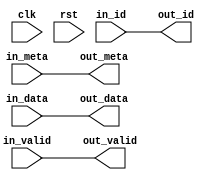
// 
// Copyright (c) 2011, Daniel Strother < http://danstrother.com/ >
// All rights reserved.
// 
// Redistribution and use in source and binary forms, with or without
// modification, are permitted provided that the following conditions are met:
//   - Redistributions of source code must retain the above copyright notice,
//     this list of conditions and the following disclaimer.
//   - Redistributions in binary form must reproduce the above copyright
//     notice, this list of conditions and the following disclaimer in the
//     documentation and/or other materials provided with the distribution.
//   - The name of the author may not be used to endorse or promote products
//     derived from this software without specific prior written permission.
// 
// THIS SOFTWARE IS PROVIDED BY THE AUTHOR "AS IS" AND ANY EXPRESS OR IMPLIED
// WARRANTIES, INCLUDING, BUT NOT LIMITED TO, THE IMPLIED WARRANTIES OF
// MERCHANTABILITY AND FITNESS FOR A PARTICULAR PURPOSE ARE DISCLAIMED. IN NO
// EVENT SHALL THE AUTHOR BE LIABLE FOR ANY DIRECT, INDIRECT, INCIDENTAL,
// SPECIAL, EXEMPLARY, OR CONSEQUENTIAL DAMAGES (INCLUDING, BUT NOT LIMITED
// TO, PROCUREMENT OF SUBSTITUTE GOODS OR SERVICES; LOSS OF USE, DATA, OR
// PROFITS; OR BUSINESS INTERRUPTION) HOWEVER CAUSED AND ON ANY THEORY OF
// LIABILITY, WHETHER IN CONTRACT, STRICT LIABILITY, OR TORT (INCLUDING
// NEGLIGENCE OR OTHERWISE) ARISING IN ANY WAY OUT OF THE USE OF THIS
// SOFTWARE, EVEN IF ADVISED OF THE POSSIBILITY OF SUCH DAMAGE.
//

// auto-generated by dlsc_sortnet_generate.pl
// maximum inputs: 16

module dlsc_sortnet #(
    parameter INPUTS    = 1,        // 1 to 16
    parameter META      = 1,        // width of bypassed metadata
    parameter DATA      = 16,       // width of data for each element
    parameter ID        = 1,        // width of IDs for each element
    parameter PIPELINE  = 0,
    // derived; don't touch
    parameter ID_I      = (INPUTS*ID),
    parameter DATA_I    = (INPUTS*DATA)
) (
    input   wire                    clk,
    input   wire                    rst,

    input   wire                    in_valid,       // qualifier
    input   wire    [META-1:0]      in_meta,        // metadata to be delay-matched to sorting operation
    input   wire    [DATA_I-1:0]    in_data,        // unsorted data
    input   wire    [ID_I-1:0]      in_id,          // identifiers for unsorted data

    output  wire                    out_valid,      // delayed qualifier
    output  wire    [META-1:0]      out_meta,       // delayed in_meta
    output  wire    [DATA_I-1:0]    out_data,       // sorted data
    output  wire    [ID_I-1:0]      out_id          // identifiers for sorted data
);

`ifdef SIMULATION
initial begin
    if(INPUTS > 16) begin
        $display("[%m] *** ERROR *** INPUTS (%0d) exceeds generated maximum (16)",INPUTS);
    end
end
`endif

generate
    if(INPUTS == 1) begin:GEN_1
        assign out_valid    = in_valid;
        assign out_meta     = in_meta;
        assign out_data     = in_data;
        assign out_id       = in_id;
    end
    else if(INPUTS == 2) begin:GEN_2
        dlsc_sortnet_2 #(
            .META       ( META ),
            .DATA       ( DATA ),
            .ID         ( ID ),
            .PIPELINE   ( PIPELINE )
        ) dlsc_sortnet_2_inst (
            .clk        ( clk ),
            .rst        ( rst ),
            .in_valid   ( in_valid ),
            .in_meta    ( in_meta ),
            .in_data    ( in_data ),
            .in_id      ( in_id ),
            .out_valid  ( out_valid ),
            .out_meta   ( out_meta ),
            .out_data   ( out_data ),
            .out_id     ( out_id )
        );
    end
    else if(INPUTS == 3) begin:GEN_3
        dlsc_sortnet_3 #(
            .META       ( META ),
            .DATA       ( DATA ),
            .ID         ( ID ),
            .PIPELINE   ( PIPELINE )
        ) dlsc_sortnet_3_inst (
            .clk        ( clk ),
            .rst        ( rst ),
            .in_valid   ( in_valid ),
            .in_meta    ( in_meta ),
            .in_data    ( in_data ),
            .in_id      ( in_id ),
            .out_valid  ( out_valid ),
            .out_meta   ( out_meta ),
            .out_data   ( out_data ),
            .out_id     ( out_id )
        );
    end
    else if(INPUTS == 4) begin:GEN_4
        dlsc_sortnet_4 #(
            .META       ( META ),
            .DATA       ( DATA ),
            .ID         ( ID ),
            .PIPELINE   ( PIPELINE )
        ) dlsc_sortnet_4_inst (
            .clk        ( clk ),
            .rst        ( rst ),
            .in_valid   ( in_valid ),
            .in_meta    ( in_meta ),
            .in_data    ( in_data ),
            .in_id      ( in_id ),
            .out_valid  ( out_valid ),
            .out_meta   ( out_meta ),
            .out_data   ( out_data ),
            .out_id     ( out_id )
        );
    end
    else if(INPUTS == 5) begin:GEN_5
        dlsc_sortnet_5 #(
            .META       ( META ),
            .DATA       ( DATA ),
            .ID         ( ID ),
            .PIPELINE   ( PIPELINE )
        ) dlsc_sortnet_5_inst (
            .clk        ( clk ),
            .rst        ( rst ),
            .in_valid   ( in_valid ),
            .in_meta    ( in_meta ),
            .in_data    ( in_data ),
            .in_id      ( in_id ),
            .out_valid  ( out_valid ),
            .out_meta   ( out_meta ),
            .out_data   ( out_data ),
            .out_id     ( out_id )
        );
    end
    else if(INPUTS == 6) begin:GEN_6
        dlsc_sortnet_6 #(
            .META       ( META ),
            .DATA       ( DATA ),
            .ID         ( ID ),
            .PIPELINE   ( PIPELINE )
        ) dlsc_sortnet_6_inst (
            .clk        ( clk ),
            .rst        ( rst ),
            .in_valid   ( in_valid ),
            .in_meta    ( in_meta ),
            .in_data    ( in_data ),
            .in_id      ( in_id ),
            .out_valid  ( out_valid ),
            .out_meta   ( out_meta ),
            .out_data   ( out_data ),
            .out_id     ( out_id )
        );
    end
    else if(INPUTS == 7) begin:GEN_7
        dlsc_sortnet_7 #(
            .META       ( META ),
            .DATA       ( DATA ),
            .ID         ( ID ),
            .PIPELINE   ( PIPELINE )
        ) dlsc_sortnet_7_inst (
            .clk        ( clk ),
            .rst        ( rst ),
            .in_valid   ( in_valid ),
            .in_meta    ( in_meta ),
            .in_data    ( in_data ),
            .in_id      ( in_id ),
            .out_valid  ( out_valid ),
            .out_meta   ( out_meta ),
            .out_data   ( out_data ),
            .out_id     ( out_id )
        );
    end
    else if(INPUTS == 8) begin:GEN_8
        dlsc_sortnet_8 #(
            .META       ( META ),
            .DATA       ( DATA ),
            .ID         ( ID ),
            .PIPELINE   ( PIPELINE )
        ) dlsc_sortnet_8_inst (
            .clk        ( clk ),
            .rst        ( rst ),
            .in_valid   ( in_valid ),
            .in_meta    ( in_meta ),
            .in_data    ( in_data ),
            .in_id      ( in_id ),
            .out_valid  ( out_valid ),
            .out_meta   ( out_meta ),
            .out_data   ( out_data ),
            .out_id     ( out_id )
        );
    end
    else if(INPUTS == 9) begin:GEN_9
        dlsc_sortnet_9 #(
            .META       ( META ),
            .DATA       ( DATA ),
            .ID         ( ID ),
            .PIPELINE   ( PIPELINE )
        ) dlsc_sortnet_9_inst (
            .clk        ( clk ),
            .rst        ( rst ),
            .in_valid   ( in_valid ),
            .in_meta    ( in_meta ),
            .in_data    ( in_data ),
            .in_id      ( in_id ),
            .out_valid  ( out_valid ),
            .out_meta   ( out_meta ),
            .out_data   ( out_data ),
            .out_id     ( out_id )
        );
    end
    else if(INPUTS == 10) begin:GEN_10
        dlsc_sortnet_10 #(
            .META       ( META ),
            .DATA       ( DATA ),
            .ID         ( ID ),
            .PIPELINE   ( PIPELINE )
        ) dlsc_sortnet_10_inst (
            .clk        ( clk ),
            .rst        ( rst ),
            .in_valid   ( in_valid ),
            .in_meta    ( in_meta ),
            .in_data    ( in_data ),
            .in_id      ( in_id ),
            .out_valid  ( out_valid ),
            .out_meta   ( out_meta ),
            .out_data   ( out_data ),
            .out_id     ( out_id )
        );
    end
    else if(INPUTS == 11) begin:GEN_11
        dlsc_sortnet_11 #(
            .META       ( META ),
            .DATA       ( DATA ),
            .ID         ( ID ),
            .PIPELINE   ( PIPELINE )
        ) dlsc_sortnet_11_inst (
            .clk        ( clk ),
            .rst        ( rst ),
            .in_valid   ( in_valid ),
            .in_meta    ( in_meta ),
            .in_data    ( in_data ),
            .in_id      ( in_id ),
            .out_valid  ( out_valid ),
            .out_meta   ( out_meta ),
            .out_data   ( out_data ),
            .out_id     ( out_id )
        );
    end
    else if(INPUTS == 12) begin:GEN_12
        dlsc_sortnet_12 #(
            .META       ( META ),
            .DATA       ( DATA ),
            .ID         ( ID ),
            .PIPELINE   ( PIPELINE )
        ) dlsc_sortnet_12_inst (
            .clk        ( clk ),
            .rst        ( rst ),
            .in_valid   ( in_valid ),
            .in_meta    ( in_meta ),
            .in_data    ( in_data ),
            .in_id      ( in_id ),
            .out_valid  ( out_valid ),
            .out_meta   ( out_meta ),
            .out_data   ( out_data ),
            .out_id     ( out_id )
        );
    end
    else if(INPUTS == 13) begin:GEN_13
        dlsc_sortnet_13 #(
            .META       ( META ),
            .DATA       ( DATA ),
            .ID         ( ID ),
            .PIPELINE   ( PIPELINE )
        ) dlsc_sortnet_13_inst (
            .clk        ( clk ),
            .rst        ( rst ),
            .in_valid   ( in_valid ),
            .in_meta    ( in_meta ),
            .in_data    ( in_data ),
            .in_id      ( in_id ),
            .out_valid  ( out_valid ),
            .out_meta   ( out_meta ),
            .out_data   ( out_data ),
            .out_id     ( out_id )
        );
    end
    else if(INPUTS == 14) begin:GEN_14
        dlsc_sortnet_14 #(
            .META       ( META ),
            .DATA       ( DATA ),
            .ID         ( ID ),
            .PIPELINE   ( PIPELINE )
        ) dlsc_sortnet_14_inst (
            .clk        ( clk ),
            .rst        ( rst ),
            .in_valid   ( in_valid ),
            .in_meta    ( in_meta ),
            .in_data    ( in_data ),
            .in_id      ( in_id ),
            .out_valid  ( out_valid ),
            .out_meta   ( out_meta ),
            .out_data   ( out_data ),
            .out_id     ( out_id )
        );
    end
    else if(INPUTS == 15) begin:GEN_15
        dlsc_sortnet_15 #(
            .META       ( META ),
            .DATA       ( DATA ),
            .ID         ( ID ),
            .PIPELINE   ( PIPELINE )
        ) dlsc_sortnet_15_inst (
            .clk        ( clk ),
            .rst        ( rst ),
            .in_valid   ( in_valid ),
            .in_meta    ( in_meta ),
            .in_data    ( in_data ),
            .in_id      ( in_id ),
            .out_valid  ( out_valid ),
            .out_meta   ( out_meta ),
            .out_data   ( out_data ),
            .out_id     ( out_id )
        );
    end
    else if(INPUTS == 16) begin:GEN_16
        dlsc_sortnet_16 #(
            .META       ( META ),
            .DATA       ( DATA ),
            .ID         ( ID ),
            .PIPELINE   ( PIPELINE )
        ) dlsc_sortnet_16_inst (
            .clk        ( clk ),
            .rst        ( rst ),
            .in_valid   ( in_valid ),
            .in_meta    ( in_meta ),
            .in_data    ( in_data ),
            .in_id      ( in_id ),
            .out_valid  ( out_valid ),
            .out_meta   ( out_meta ),
            .out_data   ( out_data ),
            .out_id     ( out_id )
        );
    end
    else begin:GEN_INVALID
        assign out_valid    = 1'bx;
        assign out_meta     = {META{1'bx}};
        assign out_data     = {DATA_I{1'bx}};
        assign out_id       = {ID_I{1'bx}};
    end
endgenerate

endmodule